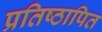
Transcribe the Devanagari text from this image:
प्रतिष्ठापित